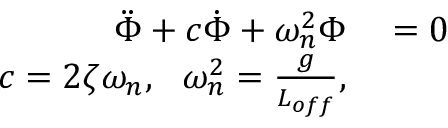
\begin{array} { r l } { \ddot { \Phi } + c \dot { \Phi } + \omega _ { n } ^ { 2 } \Phi } & { { } = 0 } \\ { c = 2 \zeta \omega _ { n } , \: \: \: \omega _ { n } ^ { 2 } = \frac { g } { L _ { o f f } } , } \end{array}